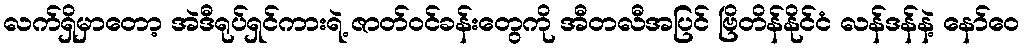
လက်ရှိမှာတော့ အဲဒီရုပ်ရှင်ကားရဲ့ ဇာတ်ဝင်ခန်းတွေကို အီတလီအပြင် ဗြိတိန်နိုင်ငံ လန်ဒန်နဲ့ နော်ဝေ